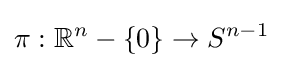
\pi :\mathbb {R} ^{n}-\{0\}\to S^{n-1}